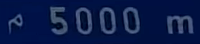
5000 m